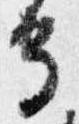
守